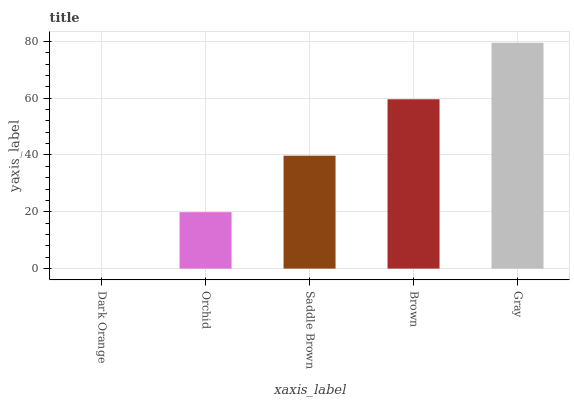
| xaxis_label | bars |
 | --- | --- |
 | Dark Orange | 0 |
 | Orchid | 19.9 |
 | Saddle Brown | 39.7 |
 | Brown | 59.6 |
 | Gray | 79.5 |